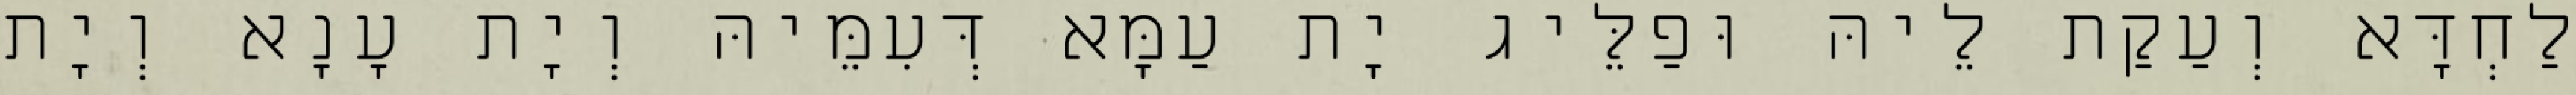
לַחְדָּא וְעַקַת לֵיהּ וּפַלֵּיג יָת עַמָּא דְּעִמֵּיהּ וְיָת עָנָא וְיָת